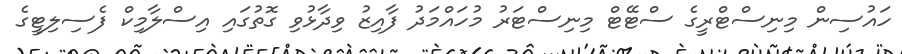
ހައުސިން މިނިސްޓްރީގެ ސްޓޭޓް މިނިސްޓަރު މުހައްމަދު ފާއިޒު ވިދާޅުވި ގޮތުގައި އިސްލާމިކް ފެސިލިޓީގެ